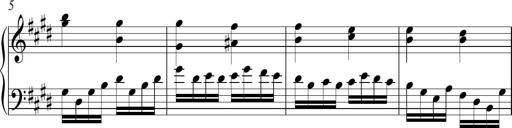
Title: Ten Piano Sonatinas
Composer: Andreas Sain